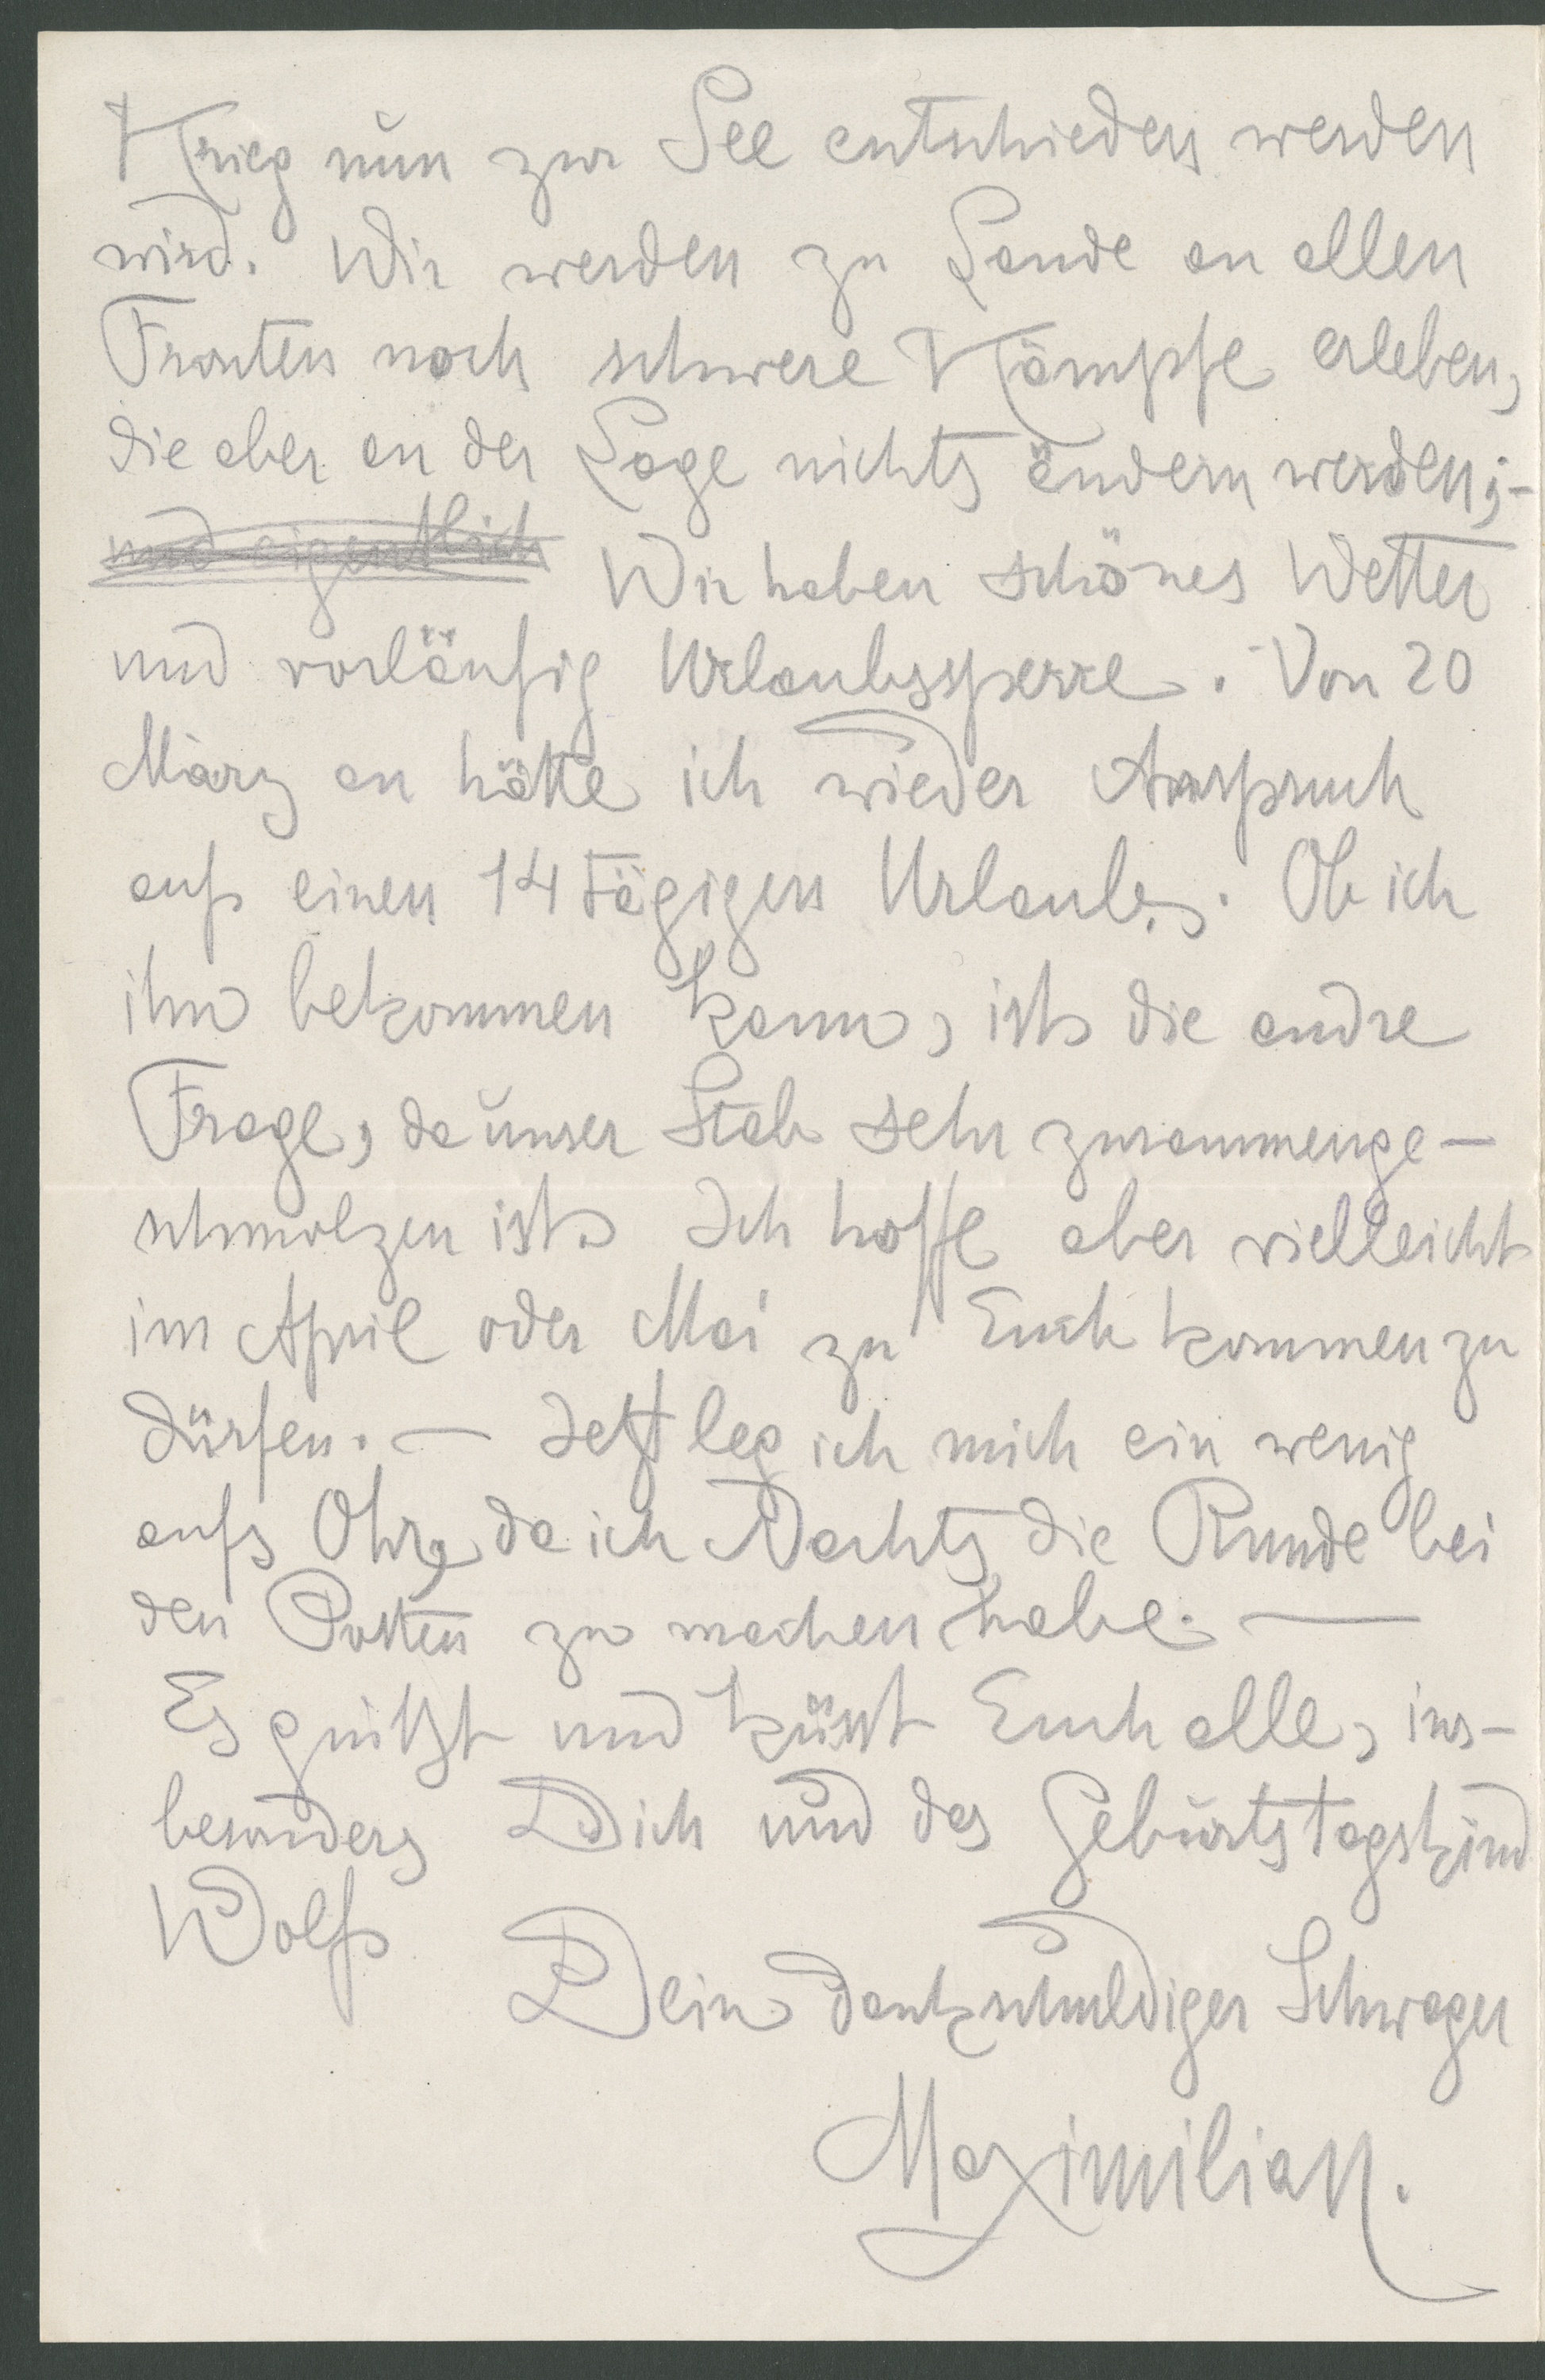
Krieg nun zur See entschieden werden
wird. Wir werden zu Lande an allen
Fronten noch schwere Kämpfe erleben,
die aber an der Lage nichts ändern werden;
Wir haben schönes Wetter
und vorläufig Urlaubssperre. Von 20
März an hätte ich wieder Anspruch
auf einen 14 tägigen Urlaub. Ob ich
ihgn bekommen kann, ist die andre
Frage, da unser Stab sehr zusammenge-
schmolzen ist. Ich hoff aber vielleicht
im April oder Mai zu Euch kommen zu
dürfen. - Jetzt leg ich mich ein wenig
aufs Ohr, da ich Nachts die Runde bei
den Posten zu machen habe.
Es grüßt und küsst Euch alle, ins-
besonders Dich und das Geburtstagskind
Wolf
Dein dankschuldiger Schwager
Maximilian